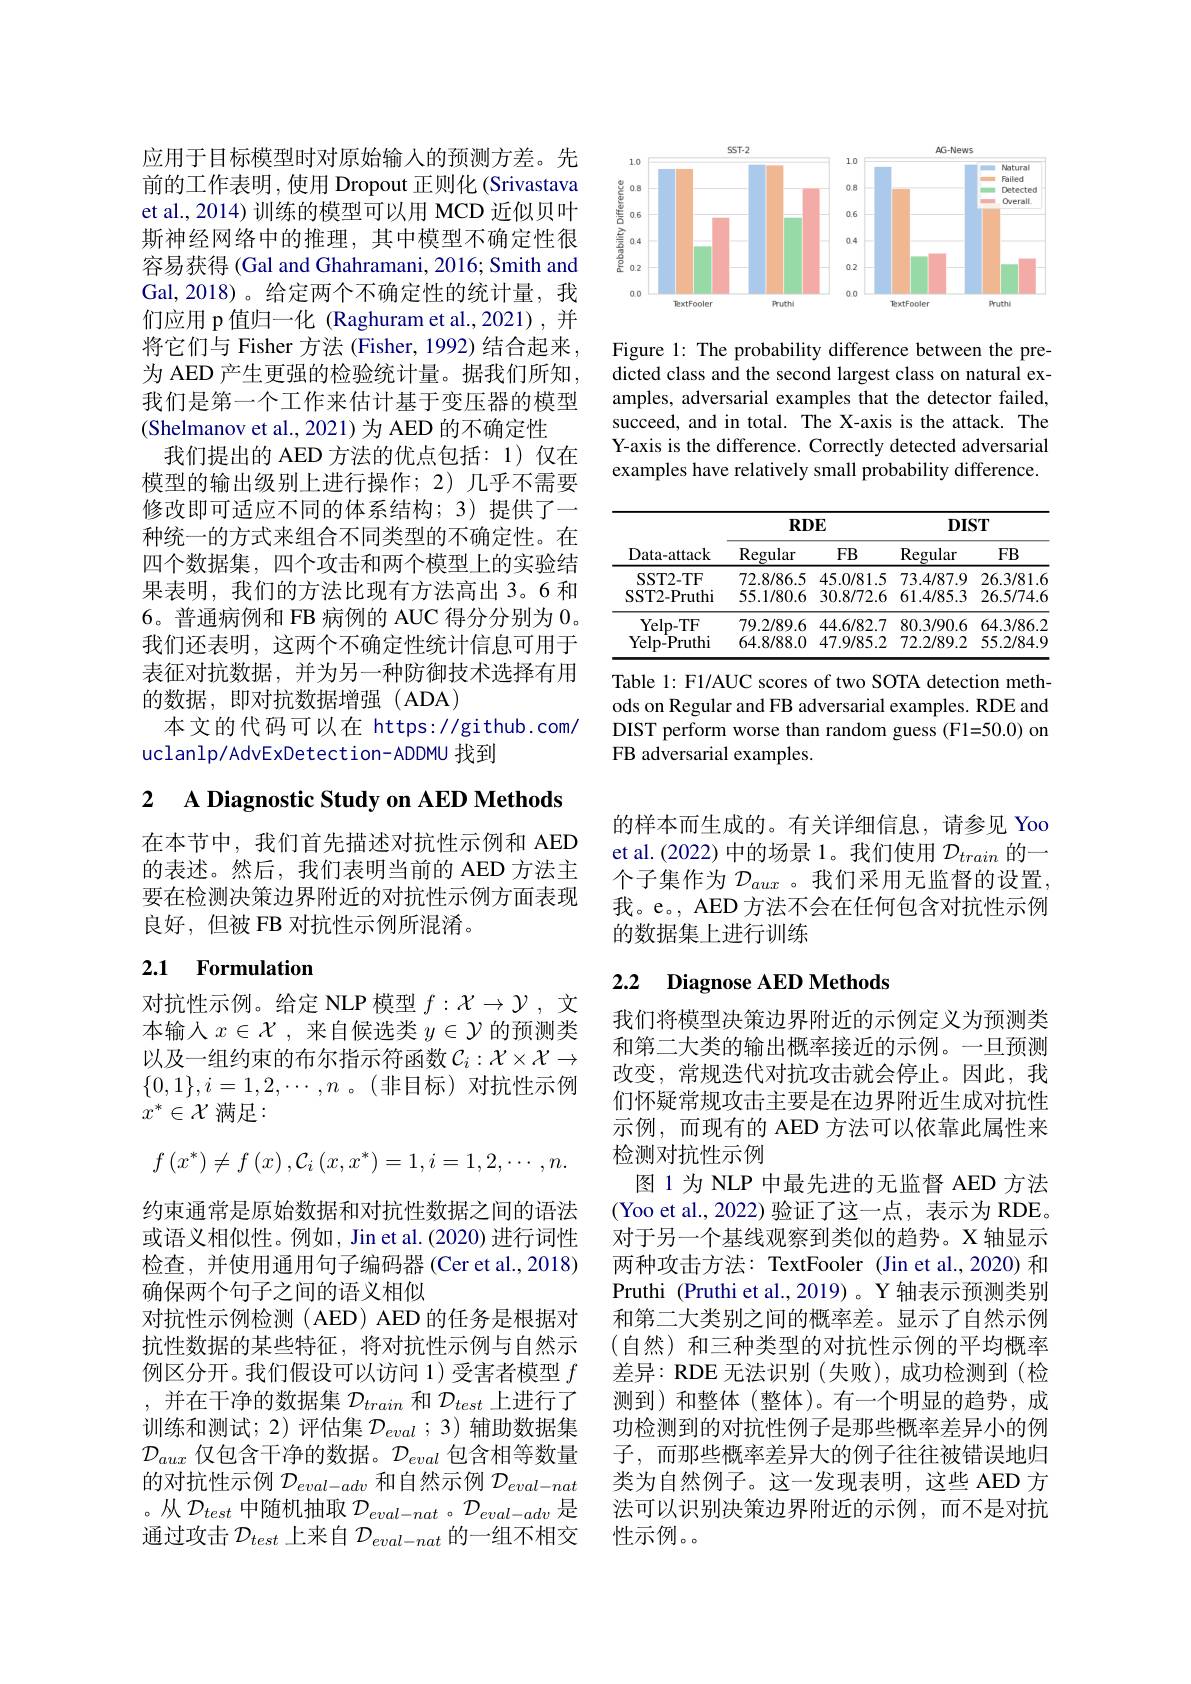
应用于目标模型时对原始输入的预测方差。先前的工作表明 , 使用 Dropout 正则化 (Srivastava et al., 2014) 训练的模型可以用 MCD 近似贝叶斯神经网络中的推理，其中模型不确定性很容易获得 (Gal and Ghahramani, 2016; Smith and Gal,2018)。给定两个不确定性的统计量，我们应用 p 值归一化 (Raghuram et al.,2021),并将它们与 Fisher 方法 (Fisher, 1992) 结合起来， 为 AED 产生更强的检验统计量。据我们所知， 我们是第一个工作来估计基于变压器的模型(Shelmanov et al., 2021) 为 AED 的不确定性
我们提出的 AED 方法的优点包括：1)仅在模型的输出级别上进行操作；2)几乎不需要修改即可适应不同的体系结构；3)提供了一种统一的方式来组合不同类型的不确定性。在四个数据集，四个攻击和两个模型上的实验结果表明，我们的方法比现有方法高出 3。6 和6。普通病例和 FB 病例的 AUC 得分分别为0。我们还表明，这两个不确定性统计信息可用于表征对抗数据，并为另一种防御技术选择有用的数据，即对抗数据增强(ADA)
本文的代码可以在 https://github.com/
uclanlp/AdvExDetection-ADDMU 找到

# 2 A Diagnostic Study on AED Methods

在本节中，我们首先描述对抗性示例和 AED 的表述。然后，我们表明当前的 AED 方法主要在检测决策边界附近的对抗性示例方面表现良好，但被 FB 对抗性示例所混淆。

# 2.1 Formulation

对抗性示例。给定 NLP 模型$f:\mathcal{X}\to\mathcal{Y}$ ,文本输入$x\in\mathcal{X}$,来自候选类 $y\in\mathcal{Y}$ 的预测类以及一组约束的布尔指示符函数$\mathcal{C}_i:\mathcal{X}\times\mathcal{X}\to$ $\{0,1\},i=1,2,\cdots,n$ 。(非目标)对抗性示例$x^*\in\mathcal{X}$ 满足：
$$f\left(x^{*}\right)\neq f\left(x\right),\mathcal{C}_{i}\left(x,x^{*}\right)=1,i=1,2,\cdots,n.$$
约束通常是原始数据和对抗性数据之间的语法或语义相似性。例如，Jin et al.(2020) 进行词性检查，并使用通用句子编码器(Cer et al.,2018) 确保两个句子之间的语义相似
对抗性示例检测(AED) AED 的任务是根据对抗性数据的某些特征，将对抗性示例与自然示例区分开。我们假设可以访问 1)受害者模型$f$ ,并在干净的数据集$\mathcal{D}_train$和$\mathcal{D}_test$上进行了训练和测试；2)评估集$\mathcal{D}_{eval}$ ;3)辅助数据集$\mathcal{D}_{aux}$仅包含干净的数据。$\mathcal{D}_eval$包含相等数量的对抗性示例$\mathcal{D}_eval-adv$和自然示例$\mathcal{D}_eval-nat$ 。从$\mathcal{D}_test$中随机抽取$\mathcal{D}_eval-nat$ 。$\mathcal{D}_eval-adv$是通过攻击$\mathcal{D}_test$上来自$\mathcal{D}_eval-nat$的一组不相交

<FigureHere>

Figure 1: The probability difference between the predicted class and the second largest class on natural examples, adversarial examples that the detector failed, succeed, and in total. The X-axis is the attack. The Y-axis is the difference. Correctly detected adversarial examples have relatively small probability difference

<table>
	<tbody>
		<tr>
			<th rowspan="2">Data-attack</th>
			<th colspan="2">$RDE$</th>
			<th colspan="2">$DIST$</th>
		</tr>
		<tr>
			<th>Regular</th>
			<th>$FB$</th>
			<th>Regular</th>
			<th>$FB$</th>
		</tr>
		<tr>
			<td>SST2- TF SST2-Pruthi</td>
			<td>72.8/86.5 55.1/80.6</td>
			<td>45.0/81.5 30.8/72.6</td>
			<td>73.4/87.9 61.4/85.3</td>
			<td>26.3/81.6 26.5/74.6</td>
		</tr>
		<tr>
			<td>Yelp- TF Yelp- Pruthi</td>
			<td>79.2/89.6 64.8/88.0</td>
			<td>44.6/82.7 47.9/85.2</td>
			<td>80.3/90.6 72.2/89.2</td>
			<td>64.3/86.2 55.2/84.9</td>
		</tr>
	</tbody>
</table>

Table 1: F1/AUC scores of two SOTA detection methods on Regular and FB adversarial examples. RDE and DIST perform worse than random guess(F1=50.0) on FB adversarial examples.

的样本而生成的。有关详细信息，请参见 Yoo et al.(2022) 中的场景 1。我们使用$\mathcal{D}_{train}$的一个子集作为$\mathcal{D}_{aux}$ 。我们采用无监督的设置我。e。, AED 方法不会在任何包含对抗性示例的数据集上进行训练

# 2.2 Diagnose AED Methods

我们将模型决策边界附近的示例定义为预测类和第二大类的输出概率接近的示例。一旦预测改变，常规迭代对抗攻击就会停止。因此，我们怀疑常规攻击主要是在边界附近生成对抗性示例，而现有的 AED 方法可以依靠此属性来检测对抗性示例
图 1 为 NLP 中最先进的无监督 AED 方法(Yoo et al.,2022)验证了这一点，表示为 RDE。对于另一个基线观察到类似的趋势。X轴显示两种攻击方法：TextFooler (Jin et al.,2020) 和Pruthi (Pruthi et al.,2019)。Y 轴表示预测类别和第二大类别之间的概率差。显示了自然示例(自然) 和三种类型的对抗性示例的平均概率差异：RDE 无法识别(失败),成功检测到(检测到)和整体(整体)。有一个明显的趋势，成功检测到的对抗性例子是那些概率差异小的例子，而那些概率差异大的例子往往被错误地归类为自然例子。这一发现表明，这些 AED 方法可以识别决策边界附近的示例，而不是对抗性示例。